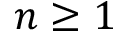
n \geq 1